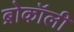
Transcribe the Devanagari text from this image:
ब्रोकॉली